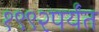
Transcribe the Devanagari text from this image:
१९९२पर्यंत